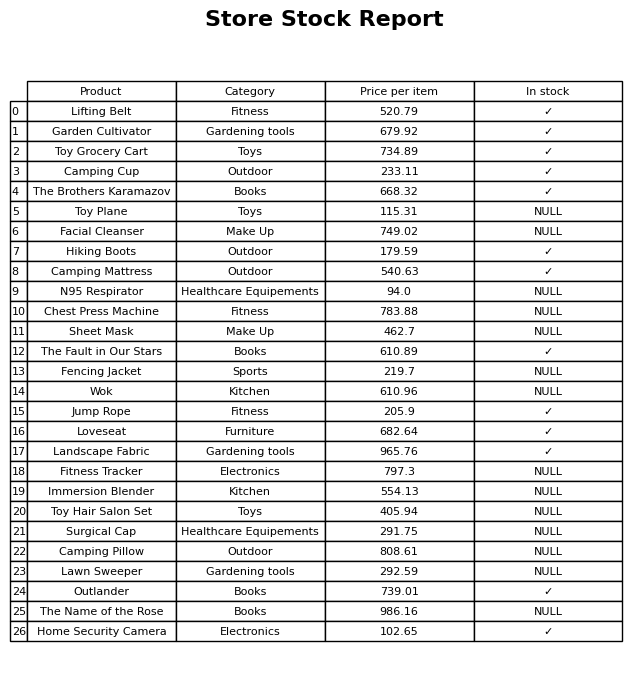
question: What is the stock status of the Facial Cleanser?
answer: NULL